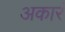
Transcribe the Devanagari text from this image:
अकारं